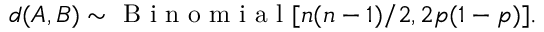
d ( A , B ) \sim \mathrm { ~ B ~ i ~ n ~ o ~ m ~ i ~ a ~ l ~ } [ n ( n - 1 ) / 2 , 2 p ( 1 - p ) ] .